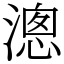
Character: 漗